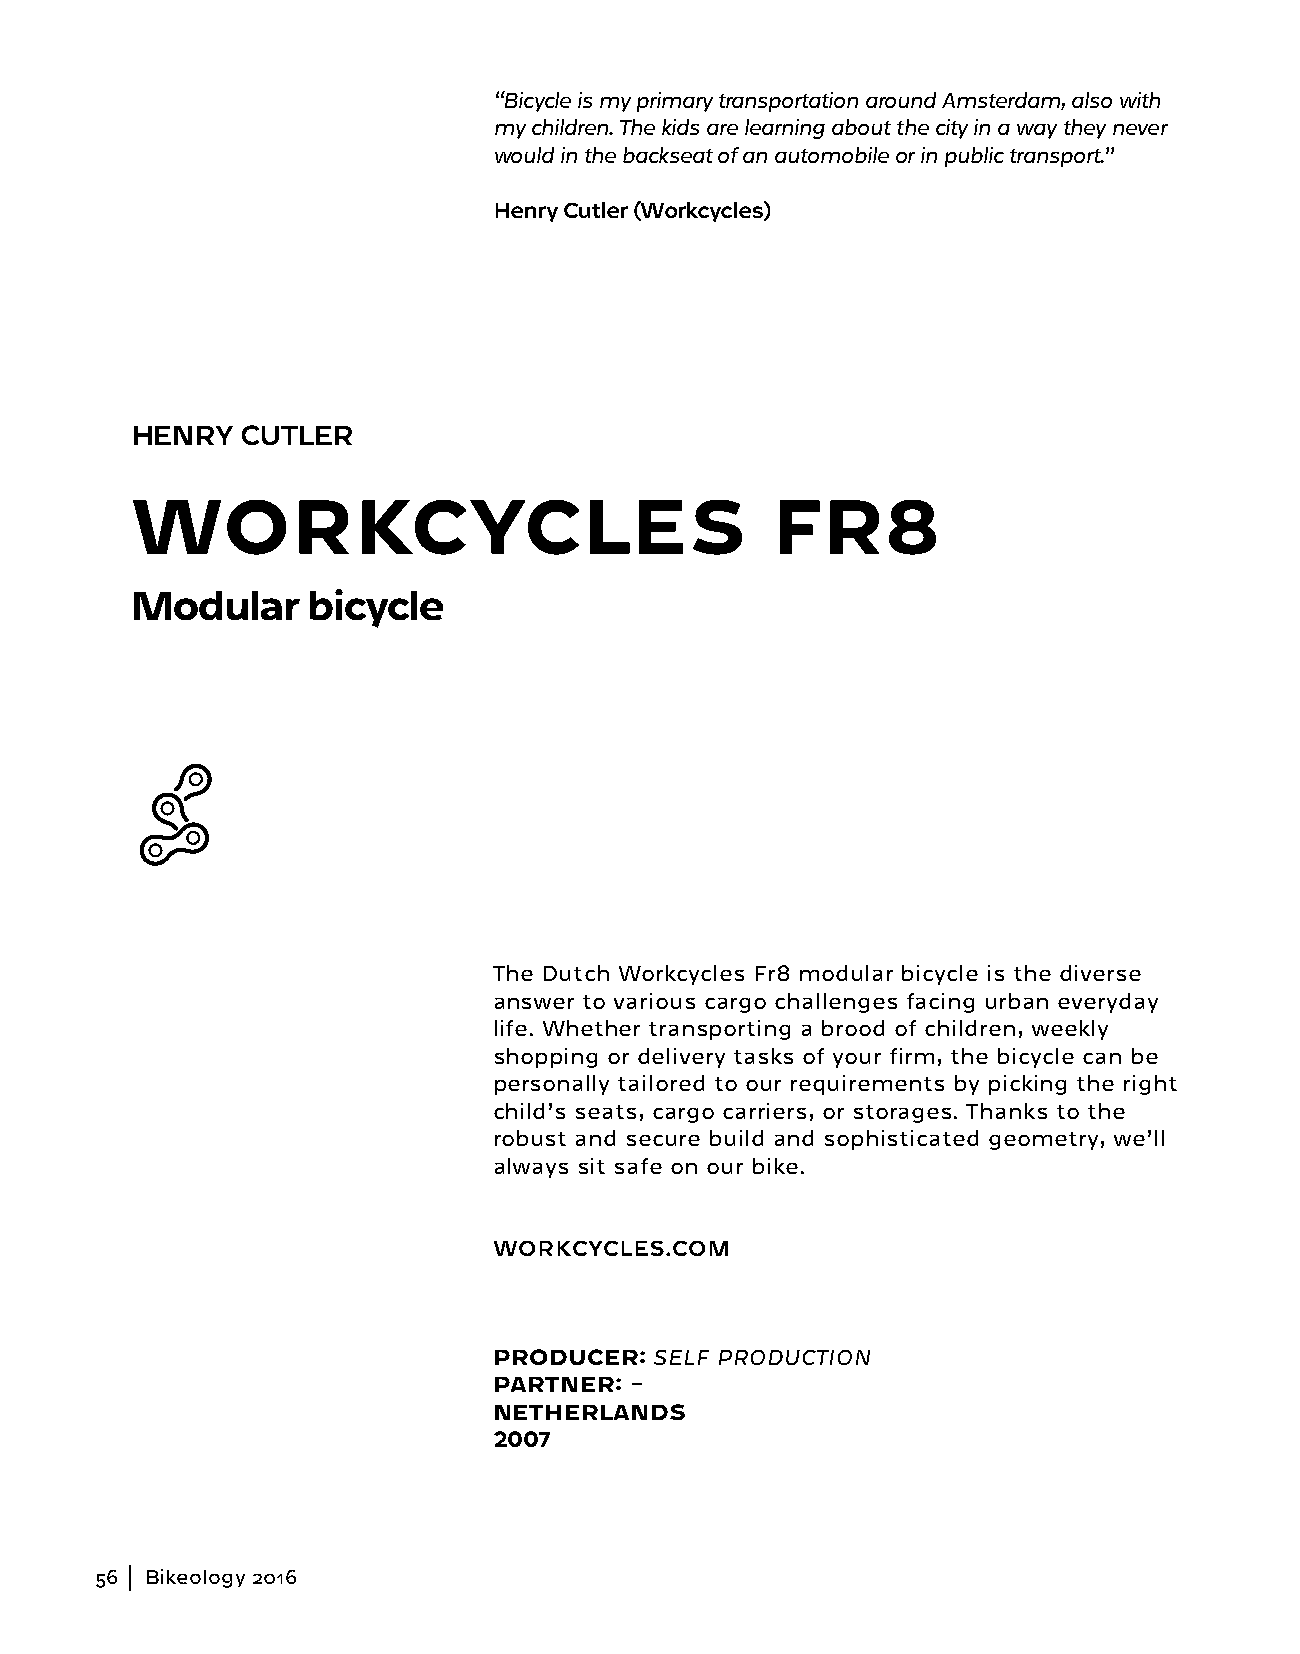
“Bicycle is my primary transportation around Amsterdam, also with
 my children. The kids are learning about the city in a way they never
 would in the backseat of an automobile or in public transport.”
 Henry Cutler (Workcycles)
 HENRY  CUTLER
 WORKCYCLES                                FR8
 Modular    bicycle
 The Dutch Workcycles Fr8 modular bicycle is the diverse
 answer to various cargo challenges facing urban everyday
 life. Whether transporting a brood of children, weekly
 shopping or delivery tasks of your firm, the bicycle can be
 personally tailored to our requirements by picking the right
 child’s seats, cargo carriers, or storages. Thanks to the
 robust and secure build and sophisticated geometry, we’ll
 always sit safe on our bike.
 WORKCYCLES.COM
 PRODUCER: SELF PRODUCTION
 PARTNER: –
 NETHERLANDS
 2007
 56  Bikeology 2016